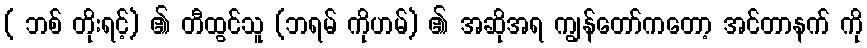
( ဘစ် တိုးရင့်) ၏ တီထွင်သူ (ဘရမ် ကိုဟမ်) ၏ အဆိုအရ ကျွန်တော်ကတော့ အင်တာနက် ကို